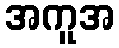
အကူအ